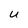
Character: U